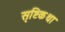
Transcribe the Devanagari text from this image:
सृष्टिकथा